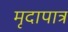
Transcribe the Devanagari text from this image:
मृदापात्र